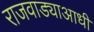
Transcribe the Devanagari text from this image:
राजवाड्याआधी